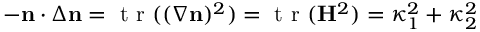
- \mathbf n \cdot \Delta \mathbf n = \mathrm { ~ t ~ r ~ } ( ( \nabla \mathbf n ) ^ { 2 } ) = \mathrm { ~ t ~ r ~ } ( \mathbf H ^ { 2 } ) = \kappa _ { 1 } ^ { 2 } + \kappa _ { 2 } ^ { 2 }